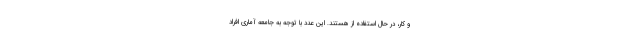
و کار، در حال استفاده از هستند. این عدد با توجه به جامعه آماری افراد